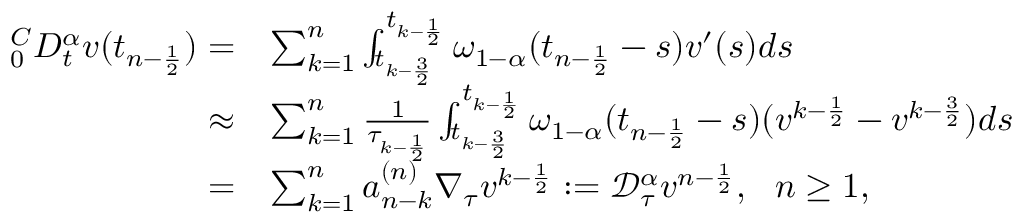
\begin{array} { r l } { _ { 0 } ^ { C } D _ { t } ^ { \alpha } v ( t _ { n - \frac { 1 } { 2 } } ) = } & { \sum _ { k = 1 } ^ { n } \int _ { t _ { k - \frac { 3 } { 2 } } } ^ { t _ { k - \frac { 1 } { 2 } } } \omega _ { 1 - \alpha } ( t _ { n - \frac { 1 } { 2 } } - s ) v ^ { \prime } ( s ) d s } \\ { \approx } & { \sum _ { k = 1 } ^ { n } \frac { 1 } { \tau _ { k - \frac { 1 } { 2 } } } \int _ { t _ { k - \frac { 3 } { 2 } } } ^ { t _ { k - \frac { 1 } { 2 } } } \omega _ { 1 - \alpha } ( t _ { n - \frac { 1 } { 2 } } - s ) ( v ^ { k - \frac { 1 } { 2 } } - v ^ { k - \frac { 3 } { 2 } } ) d s } \\ { = } & { \sum _ { k = 1 } ^ { n } a _ { n - k } ^ { ( n ) } \nabla _ { \tau } v ^ { k - \frac { 1 } { 2 } } : = \mathcal { D } _ { \tau } ^ { \alpha } v ^ { n - \frac { 1 } { 2 } } , ~ ~ n \ge 1 , } \end{array}